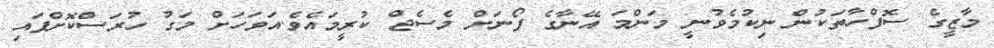
މާޒީގެ ސޮފްހާތަކުން ނިކުމެވުނީ މަންމަ އޭނާގެ ފޯނަށް މެސެޖް ކުރީމައެވެ.އަވަހަށް މަގު ހުރަސްކޮށްފައި